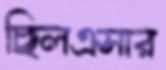
ছিলএসার